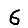
Digit: 6